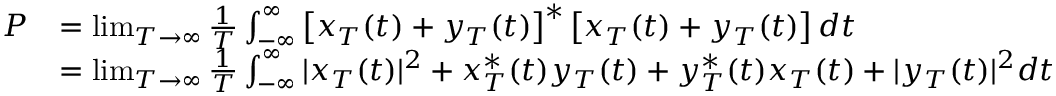
{ \begin{array} { r l } { P } & { = \operatorname* { l i m } _ { T \to \infty } { \frac { 1 } { T } } \int _ { - \infty } ^ { \infty } \left[ x _ { T } ( t ) + y _ { T } ( t ) \right] ^ { * } \left[ x _ { T } ( t ) + y _ { T } ( t ) \right] d t } \\ & { = \operatorname* { l i m } _ { T \to \infty } { \frac { 1 } { T } } \int _ { - \infty } ^ { \infty } | x _ { T } ( t ) | ^ { 2 } + x _ { T } ^ { * } ( t ) y _ { T } ( t ) + y _ { T } ^ { * } ( t ) x _ { T } ( t ) + | y _ { T } ( t ) | ^ { 2 } d t } \end{array} }